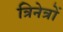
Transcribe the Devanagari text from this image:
त्रिनेत्रों